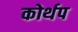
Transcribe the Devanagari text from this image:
कोर्थप